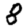
Digit: 8